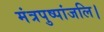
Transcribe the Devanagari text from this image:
मंत्रपुष्पांजलि।